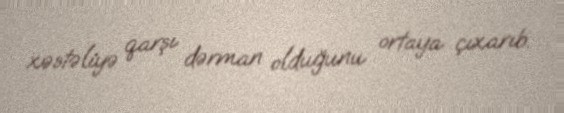
xəstəliyə qarşı dərman olduğunu ortaya çıxarıb.